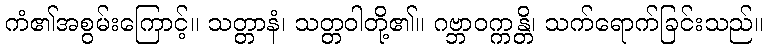
ကံ၏အစွမ်းကြောင့်။ သတ္တာနံ၊ သတ္တဝါတို့၏။ ဂဗ္ဘာဝက္ကန္တိ၊ သက်ရောက်ခြင်းသည်။